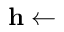
\mathbf { h } \gets